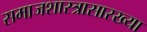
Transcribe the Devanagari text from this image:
समाजशास्त्रासारख्या